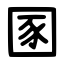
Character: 圂